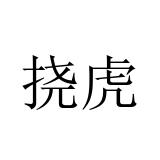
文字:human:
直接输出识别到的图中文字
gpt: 挠虎